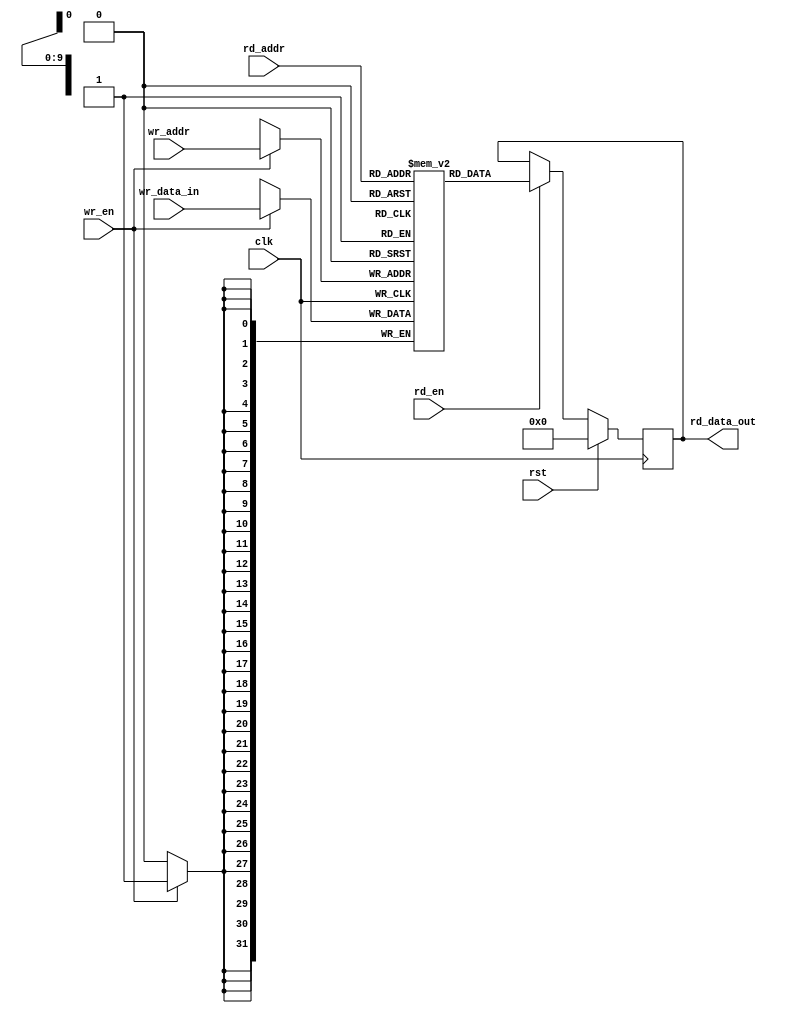
module memory_no_change #(
parameter DATA = 32,
parameter ADDR = 10
)
(
input clk,
input rst,
input [ADDR-1:0] wr_addr,
input [DATA-1:0] wr_data_in,
input wr_en,

input [ADDR-1:0] rd_addr,
input rd_en,
output reg [DATA-1:0] rd_data_out);


reg [DATA-1:0] mem [(2**ADDR)-1:0];

always@(posedge clk) begin
   if(wr_en) begin
      mem[wr_addr] <= wr_data_in;
      end
   end
   
always@(posedge clk) begin
   if(rst) begin 
      rd_data_out<=0; end
   else begin
      if(rd_en) begin
         rd_data_out<=mem[rd_addr];
      end
   end
end
endmodule